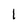
Character: 1